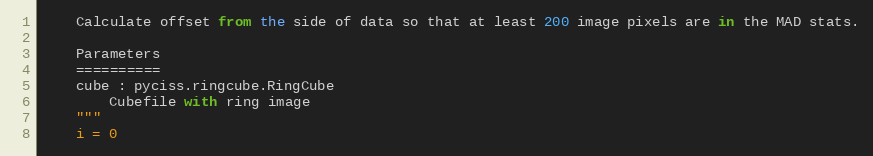
Language: Python
    Calculate offset from the side of data so that at least 200 image pixels are in the MAD stats.

    Parameters
    ==========
    cube : pyciss.ringcube.RingCube
        Cubefile with ring image
    """
    i = 0